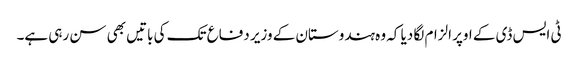
ٹی ایس ڈی کے اوپر الزام لگا دیا کہ وہ ہندوستان کے وزیر دفاع تک کی باتیں بھی سن رہی ہے۔